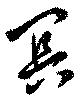
冥